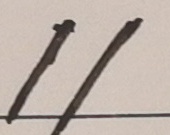
1 1